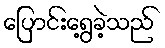
ပြောင်းရွေ့ခဲ့သည်